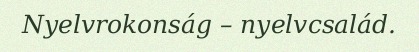
Nyelvrokonság – nyelvcsalád.